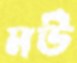
মউ